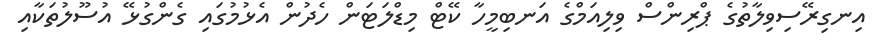
އިނގިިރޭސިވިލާތުގެ ޕްރިންސް ވިލިއަމްގެ އަނބިމީހާ ކޭޓް މިޑްލަޓަން ހެދުން އެޅުމުގައި ގެންގުޅޭ އުސޫލުތަކާއި